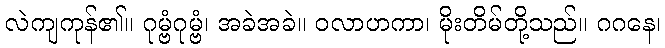
လဲကျကုန်၏။ ဂုမ္ဗံဂုမ္ဗံ၊ အခဲအခဲ။ ဝလာဟကာ၊ မိုးတိမ်တို့သည်။ ဂဂနေ၊